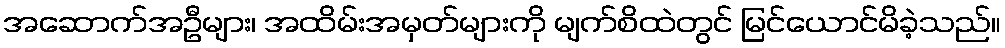
အဆောက်အဦများ၊ အထိမ်းအမှတ်များကို မျက်စိထဲတွင် မြင်ယောင်မိခဲ့သည်။